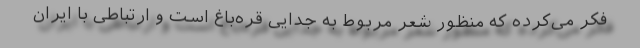
فکر می‌کرده که منظور شعر مربوط به جدایی قره‌باغ است و ارتباطی با ایران